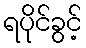
ရပိုင်ခွင့်